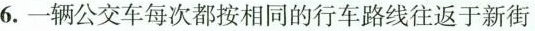
6.一辆公交车每次都按相同的行车路线往返于新街